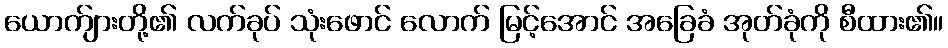
ယောက်ျားတို့၏ လက်ခုပ် သုံးဖောင် လောက် မြင့်အောင် အခြေခံ အုတ်ခုံကို စီထား၏။